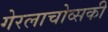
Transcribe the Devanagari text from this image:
गेरलाचोव्सकी